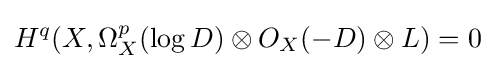
H^{q}(X,\Omega _{X}^{p}(\log D)\otimes O_{X}(-D)\otimes L)=0